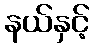
နယ်နှင့်